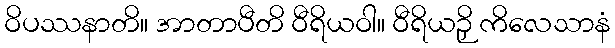
ဝိပဿနာတိ။ အာတာပီတိ ဝီရိယဝါ။ ဝီရိယဉှိ ကိလေသာနံ